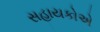
સહાયકોએ